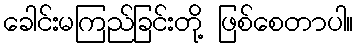
ခေါင်းမကြည်ခြင်းတို့ ဖြစ်စေတာပါ။